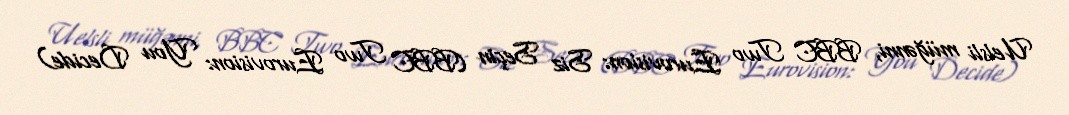
Uelsli müğənni, BBC Two Eurovision: Siz Seçin (BBC Two Eurovision: You Decide)